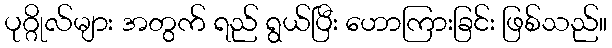
ပုဂ္ဂိုလ်များ အတွက် ရည် ရွယ်ပြီး ဟောကြားခြင်း ဖြစ်သည်။